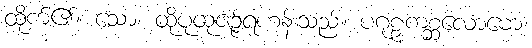
ထိုက်၏။ သော၊ ထိုပုထုဇဉ်ရဟန်းသည်။ ပဂုဠှကစ္ဆလောမော၊